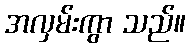
အလှမ်းကွာ သည်။